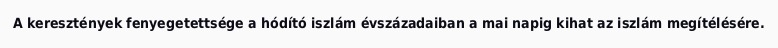
A keresztények fenyegetettsége a hódító iszlám évszázadaiban a mai napig kihat az iszlám megítélésére.